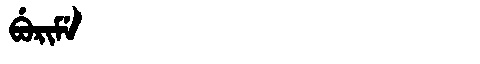
Manchu: ᠪᡠᡵᡳᠮᡝ
Romanization: BURIME